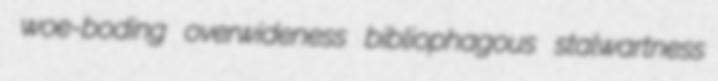
woe-boding overwideness bibliophagous stalwartness